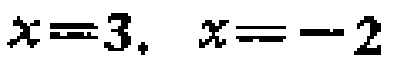
$x = 3,\ x = - 2$